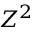
Z ^ { 2 }